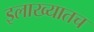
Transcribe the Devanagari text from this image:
इलाख्यातच